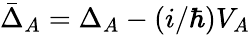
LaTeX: \bar{\Delta}_{A}=\Delta_{A}-(i/\hbar)V_{A}